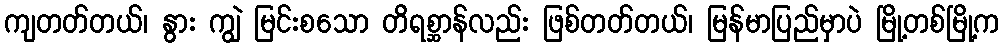
ကျတတ်တယ်၊ နွား ကျွဲ မြင်းစသော တိရစ္ဆာန်လည်း ဖြစ်တတ်တယ်၊ မြန်မာပြည်မှာပဲ မြို့တစ်မြို့က